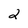
Character: 2